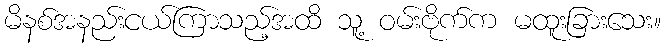
မိနစ်အနည်းငယ်ကြာသည့်အထိ သူ့ ဝမ်းဗိုက်က မထူးခြားသေး။